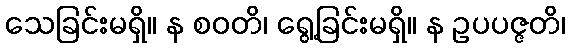
သေခြင်းမရှိ။ န စဝတိ၊ ရွေ့ခြင်းမရှိ။ န ဥပပဇ္ဇတိ၊